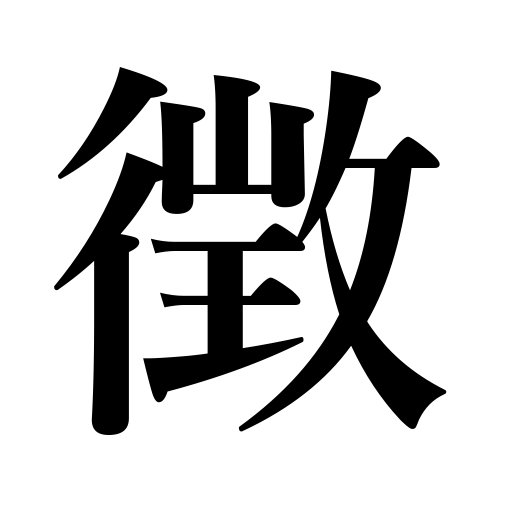
Meanings: omen,symptom,sign